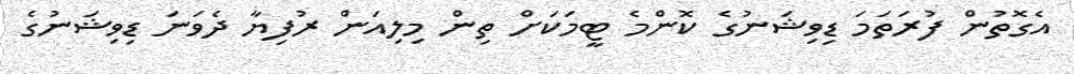
އެގޮތުން ފުރަތަމަ ޑިވިޝަނުގެ ކޮންމެ ޓީމަކަށް ތިން މިލިއަން ރުފިޔާ ދެވަނަ ޑިވިޝަނުގެ